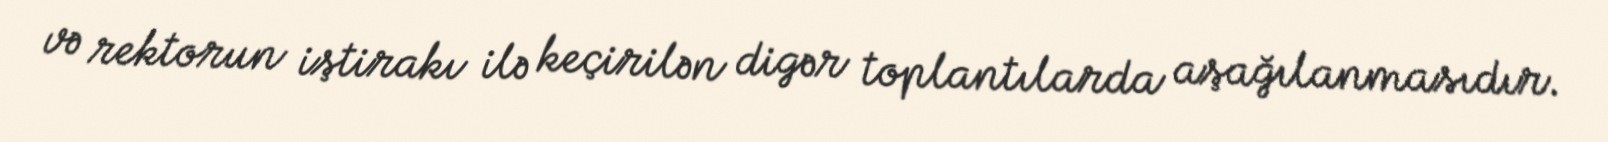
və rektorun iştirakı ilə keçirilən digər toplantılarda aşağılanmasıdır.